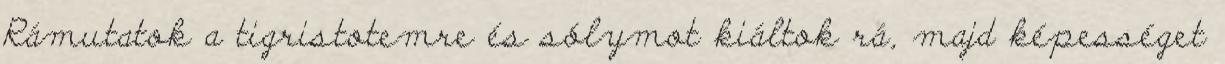
Rámutatok a tigristotemre és sólymot kiáltok rá, majd képességet